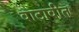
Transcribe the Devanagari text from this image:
वाटावीत